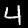
Label: 4